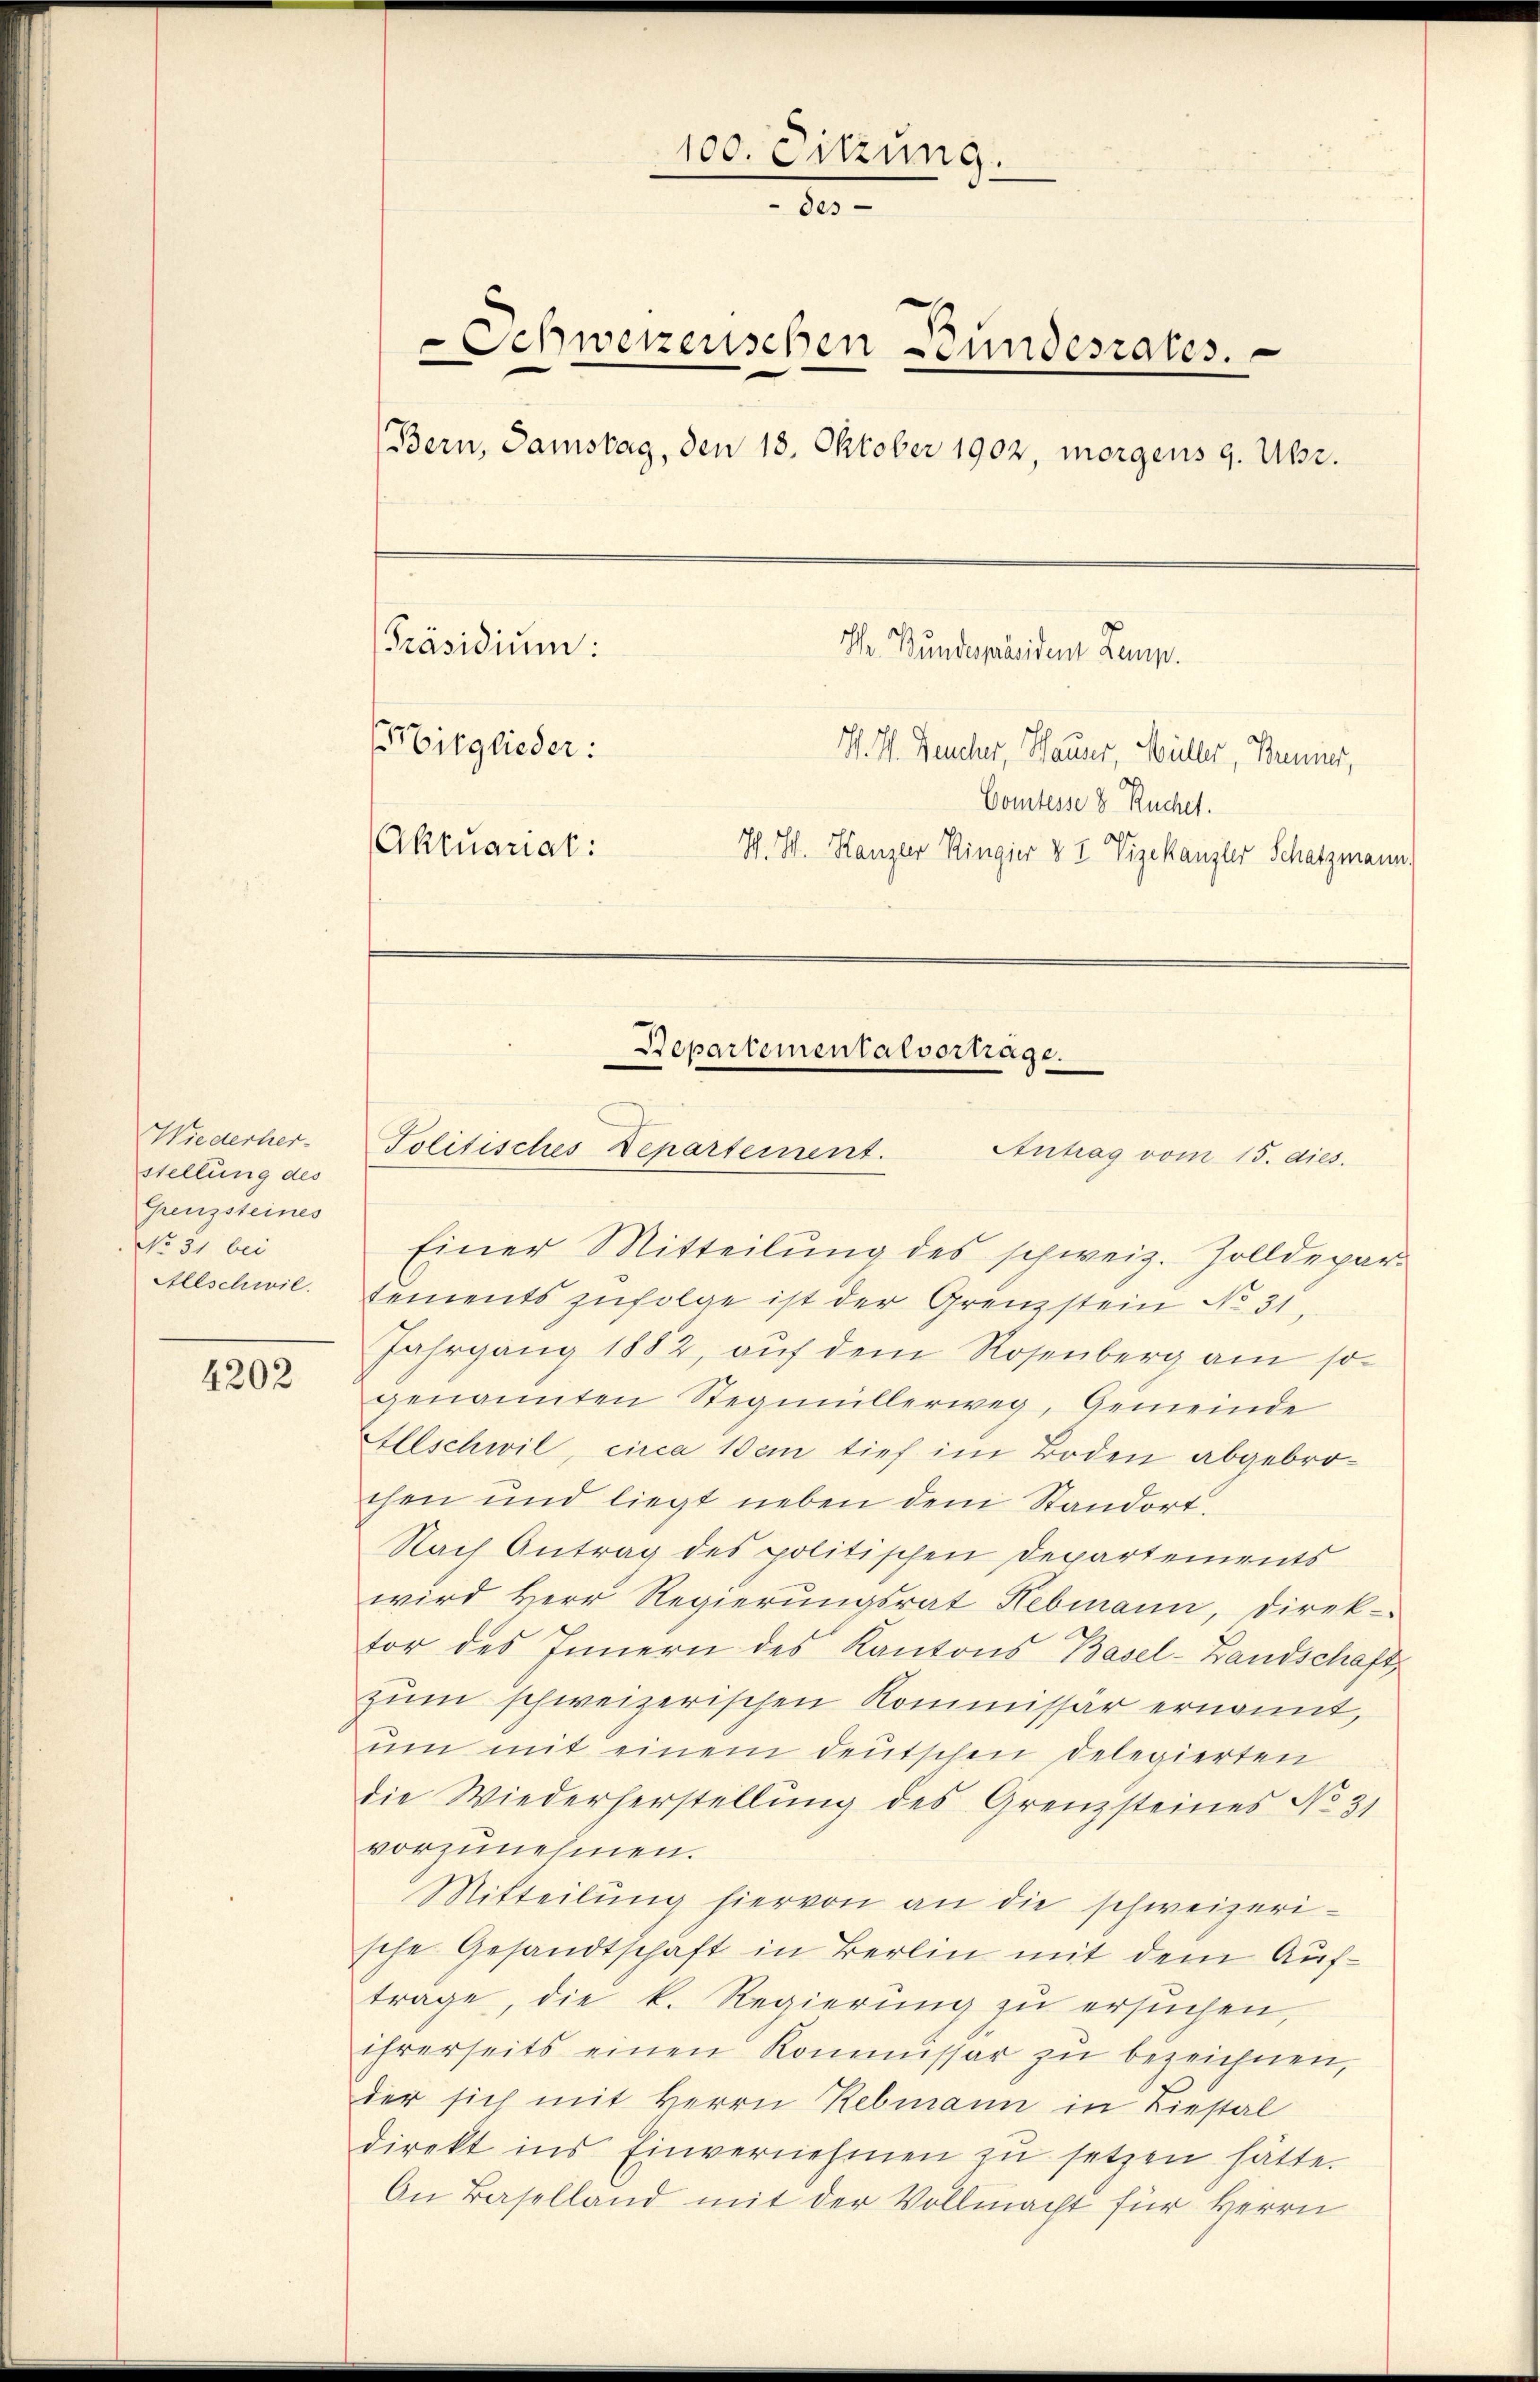
Wiederher.
stellung des
Grenzsteines
No 31 bei
Allschwil.

4202

Einer Mitteilung des schweiz. Zolldepar
tements zufolge ist der Grenzstein No 31.
Jahrgang 1882, auf dem Rosenberg am so
genannten Stegmillerweg, Gemeinde
Allschwil, circa 1 dem tief im Boden abgebrochen und liegt neben dem Standort.
Nach Antrag des politischen Departements
wird Herr Regierungsrat Hebmann, Direk-
tor des Innern des Kantons Basel-Landschaft
zum schweizerischen Kommissär ernannt,
um mit einem deutschen Delegierten
die Wiederherstellung des Grenzsteines No 31
vorzunehmen.
Mitteilung hiervon an die schweizerische Gesandtschaft in Berlin mit dem Auftrage, die k. Regierung zu ersuchen
ihrerseits einen Kommissar zu bezeichnen,
der sich mit Herrn Rebmann in Liestal
direkt ins Einvernehmen zŭ setzen hätte.
An Baselland mit der Vollmacht für Herrn

100. Sitzung.
des
Schwerzenschen Fundesrates.
(Bern, Samstag, den 18. Oktober 1902, morgens 9. Uhr.
[Präsidium:
Hr. Bundespräsiden Kemp.
Mitglieder:
H. H. Heucher, Hauser, Müller, Brenner,
Comtesse 8 Ruchet.
Aktuariat:
Ich. W. Hanzler Ringier & 2 Vizekanzler Schatzmann.

Politisches Departement. Antrag vom 15. dies.

Departementalvortrage.